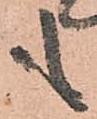
も